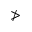
\ngtr